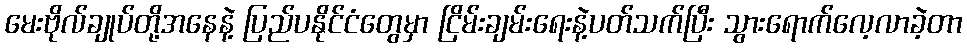
မေးဗိုလ်ချုပ်တို့အနေနဲ့ ပြည်ပနိုင်ငံတွေမှာ ငြိမ်းချမ်းရေးနဲ့ပတ်သက်ပြီး သွားရောက်လေ့လာခဲ့တာ